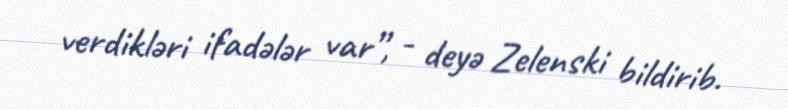
verdikləri ifadələr var”, - deyə Zelenski bildirib.